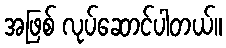
အဖြစ် လုပ်ဆောင်ပါတယ်။